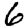
Digit: 6